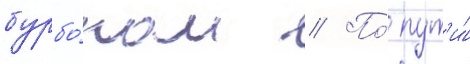
бурбо́ном // По́ пут'и́